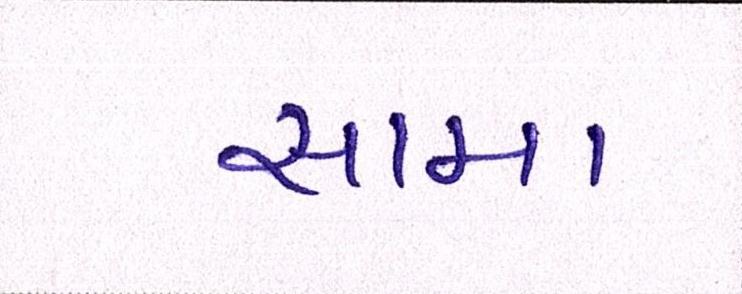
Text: સામા